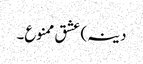
دینہ) عشق ممنوع۔